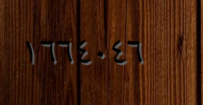
١٦٦٤٠٤٦